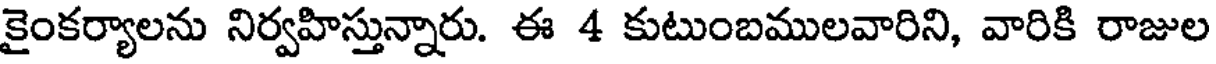
కైంకర్యాలను నిర్వహిస్తున్నారు. ఈ 4 కుటుంబములవారిని, వారికి రాజుల